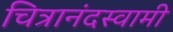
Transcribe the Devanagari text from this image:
चित्रानंदस्वामी